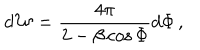
d { \mathcal W } = \frac { 4 \pi } { 2 - \beta \cos \Phi } d \Phi \, ,